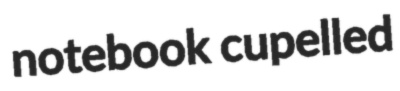
notebook cupelled